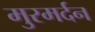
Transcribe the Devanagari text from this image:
मुरमर्दन